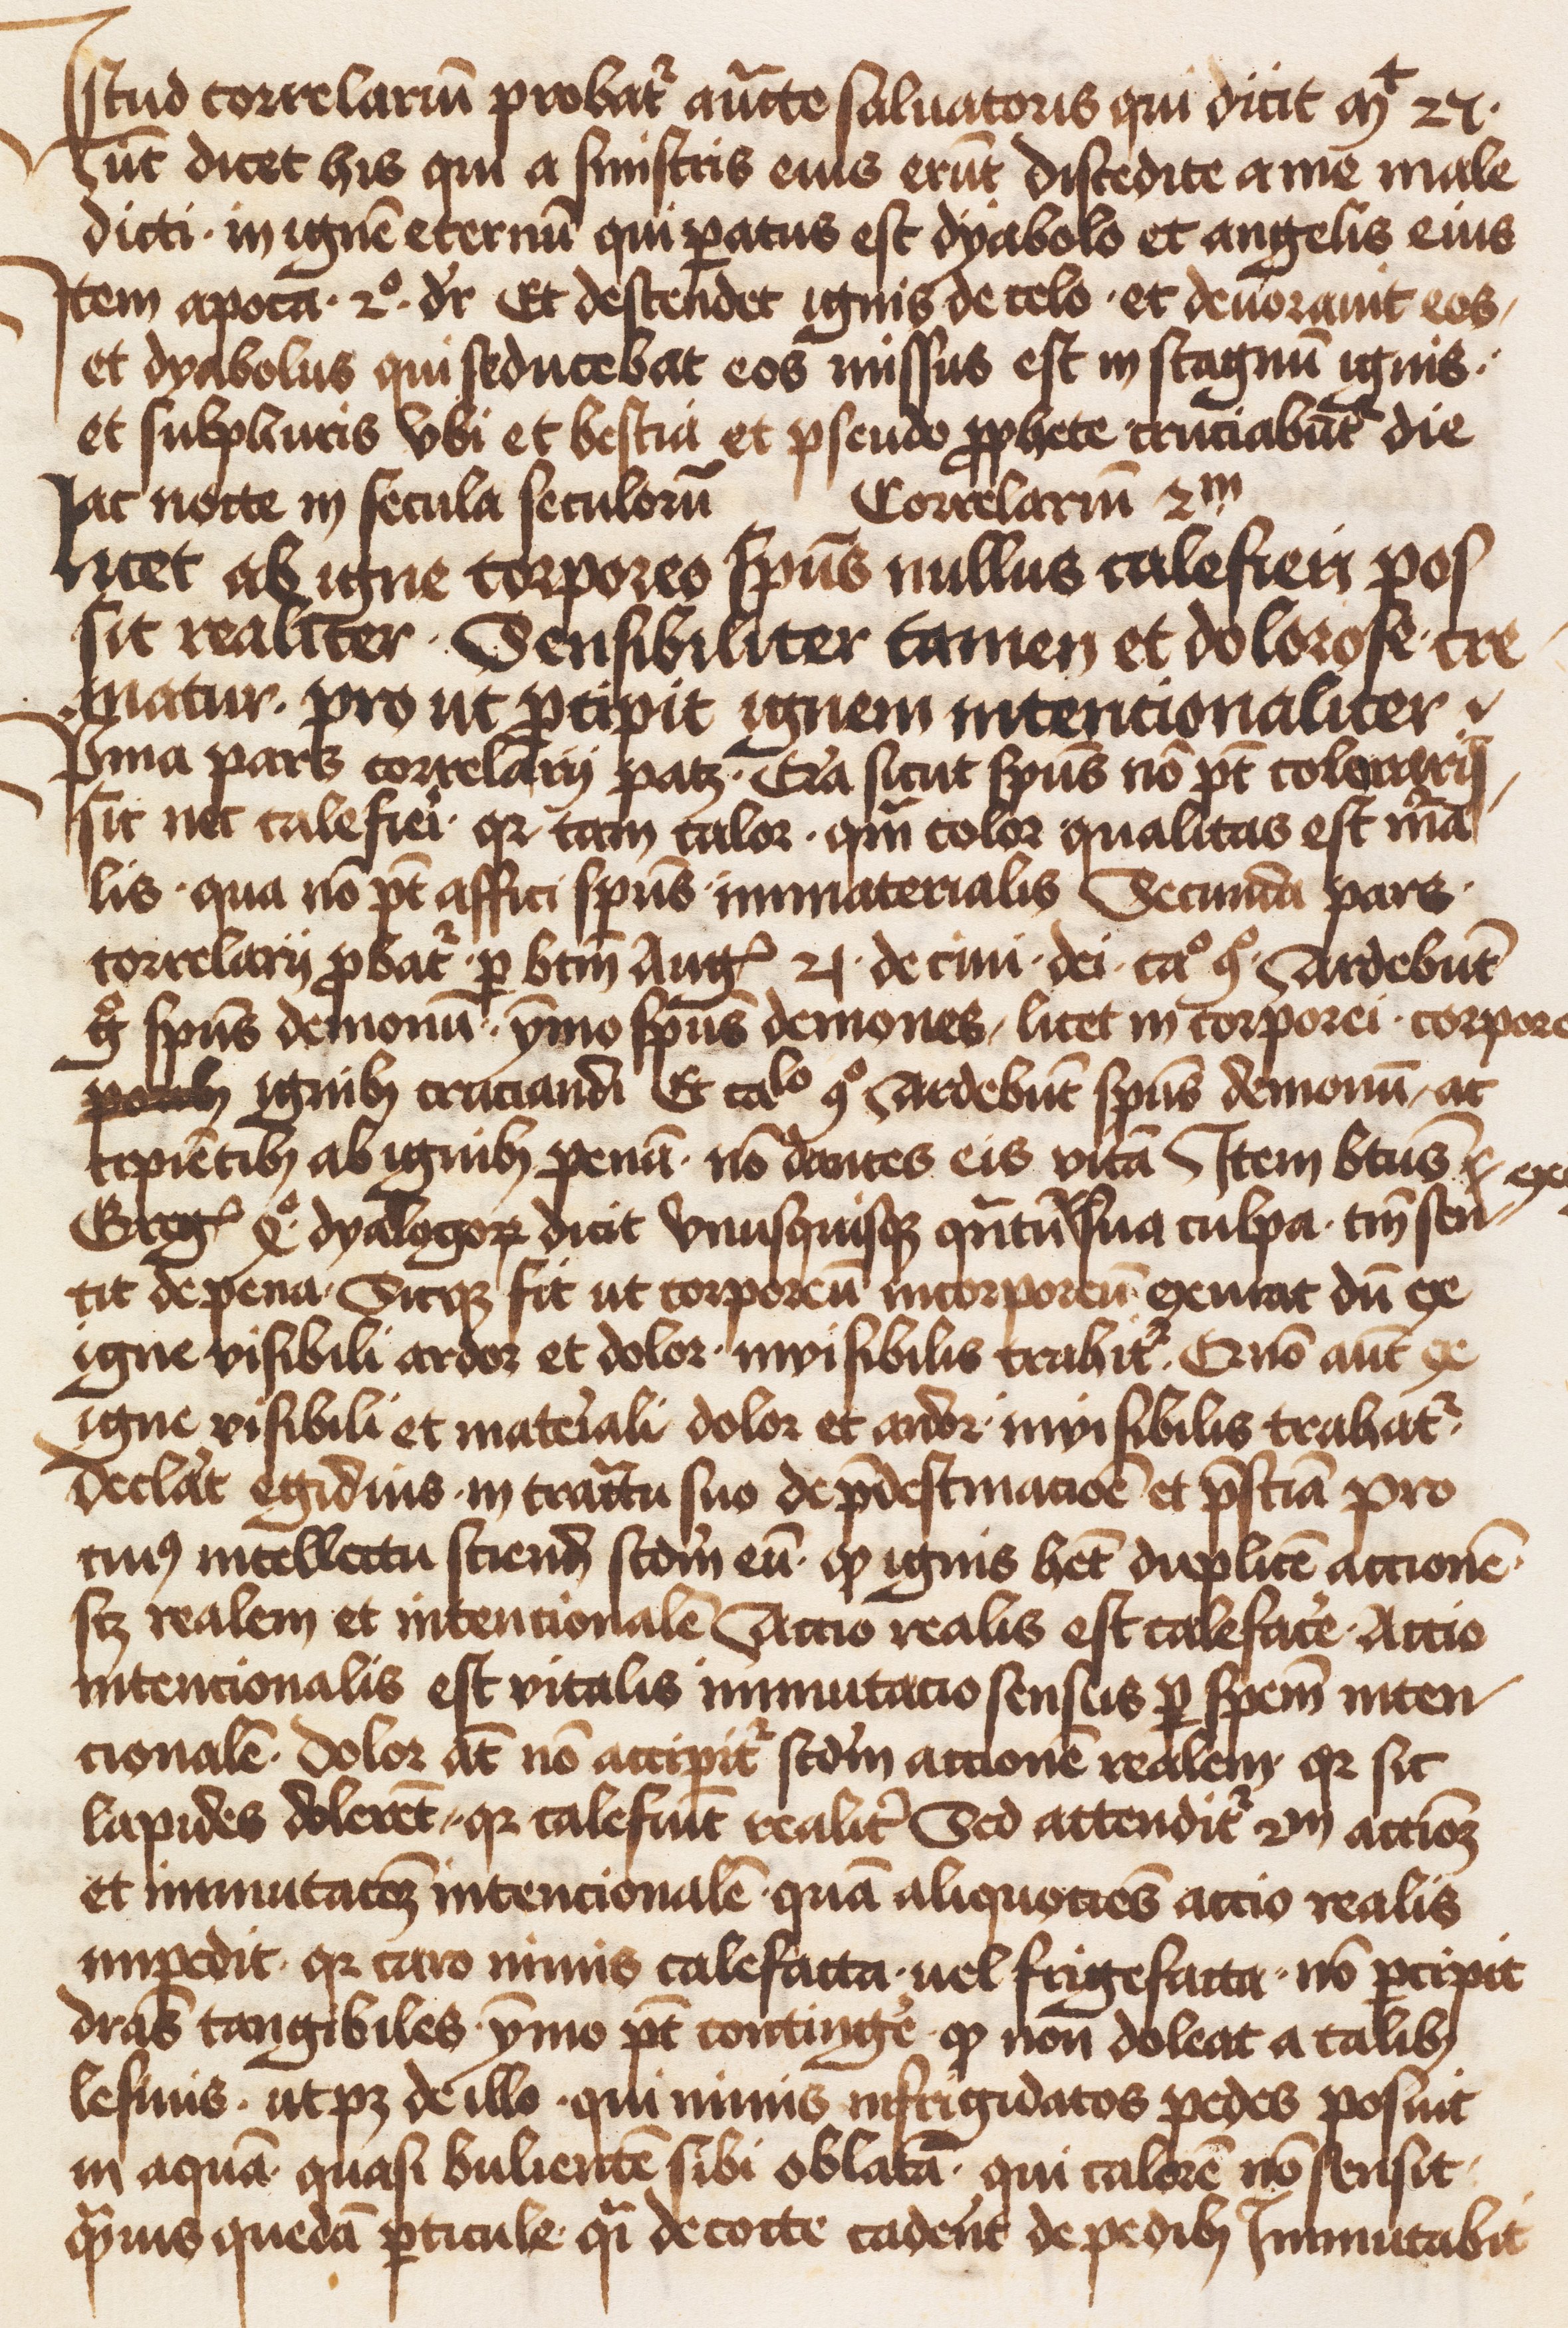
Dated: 1471–1501